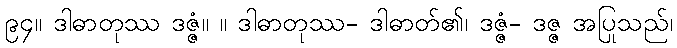
၉၄။ ဒါဓာတုဿ ဒဇ္ဇံ။ ။ ဒါဓာတုဿ- ဒါဓာတ်၏၊ ဒဇ္ဇံ- ဒဇ္ဇ အပြုသည်၊